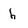
Character: h